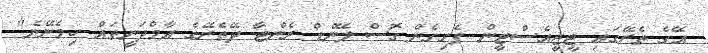
އޭގެ ތެރޭގައި ޓީޖީއެސްޓީން ފެށިގެން ގޮސް ލޭންޑް ރެންޓާ ދޭތެރޭގެ އާމްދަނީތައް ހިމެނޭނެ"